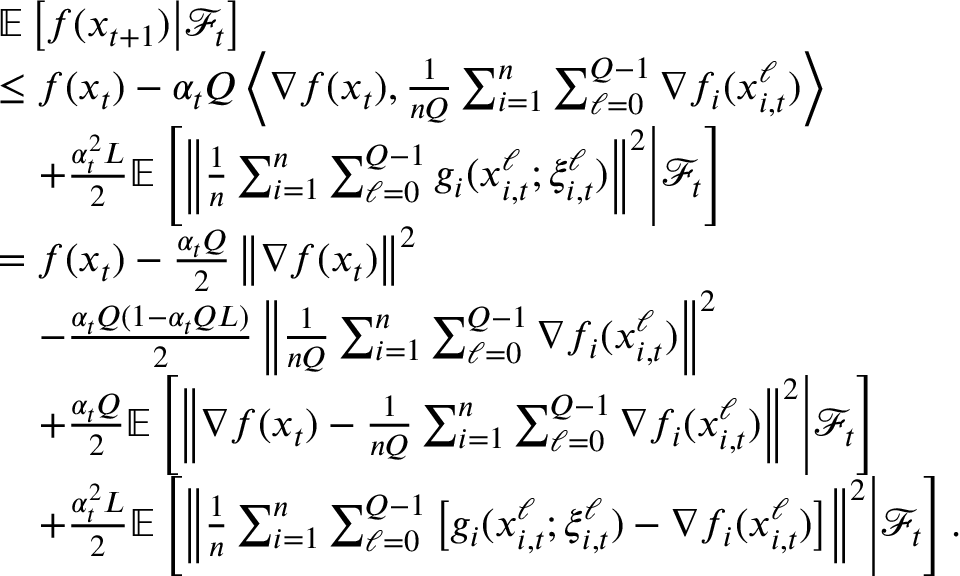
\begin{array} { r l } & { \mathbb { E } \left[ f ( x _ { t + 1 } ) \middle | \mathcal { F } _ { t } \right] } \\ & { \leq f ( x _ { t } ) - \alpha _ { t } Q \left\langle \nabla f ( x _ { t } ) , \frac { 1 } { n Q } \sum _ { i = 1 } ^ { n } \sum _ { \ell = 0 } ^ { Q - 1 } \nabla f _ { i } ( x _ { i , t } ^ { \ell } ) \right\rangle } \\ & { \quad + \frac { \alpha _ { t } ^ { 2 } L } { 2 } \mathbb { E } \left[ \left\Vert \frac { 1 } { n } \sum _ { i = 1 } ^ { n } \sum _ { \ell = 0 } ^ { Q - 1 } g _ { i } ( x _ { i , t } ^ { \ell } ; \xi _ { i , t } ^ { \ell } ) \right\Vert ^ { 2 } \middle | \mathcal { F } _ { t } \right] } \\ & { = f ( x _ { t } ) - \frac { \alpha _ { t } Q } { 2 } \left\Vert \nabla f ( x _ { t } ) \right\Vert ^ { 2 } } \\ & { \quad - \frac { \alpha _ { t } Q ( 1 - \alpha _ { t } Q L ) } { 2 } \left\Vert \frac { 1 } { n Q } \sum _ { i = 1 } ^ { n } \sum _ { \ell = 0 } ^ { Q - 1 } \nabla f _ { i } ( x _ { i , t } ^ { \ell } ) \right\Vert ^ { 2 } } \\ & { \quad + \frac { \alpha _ { t } Q } { 2 } \mathbb { E } \left[ \left\Vert \nabla f ( x _ { t } ) - \frac { 1 } { n Q } \sum _ { i = 1 } ^ { n } \sum _ { \ell = 0 } ^ { Q - 1 } \nabla f _ { i } ( x _ { i , t } ^ { \ell } ) \right\Vert ^ { 2 } \middle | \mathcal { F } _ { t } \right] } \\ & { \quad + \frac { \alpha _ { t } ^ { 2 } L } { 2 } \mathbb { E } \left[ \left\Vert \frac { 1 } { n } \sum _ { i = 1 } ^ { n } \sum _ { \ell = 0 } ^ { Q - 1 } \left[ g _ { i } ( x _ { i , t } ^ { \ell } ; \xi _ { i , t } ^ { \ell } ) - \nabla f _ { i } ( x _ { i , t } ^ { \ell } ) \right] \right\Vert ^ { 2 } \middle | \mathcal { F } _ { t } \right] . } \end{array}